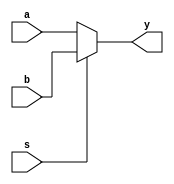
module mux_2(a,b,s,y);
	input [15:0] a,b;
	output [15:0]y;
	input s;
	
	assign y = (s)? b:a; //when s=1 y=b;when s=0 y=a 
	
	
	
endmodule